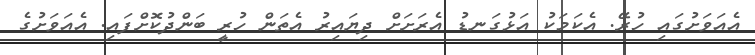
އެއަވަށުގައި ހުރޭ. އެކަމަކު އަޅުގަނޑު އެރަށަށް ދިޔައިރު އެތަން ހުރީ ބަންދުކޮށްފައި. އެއަވަށުގެ